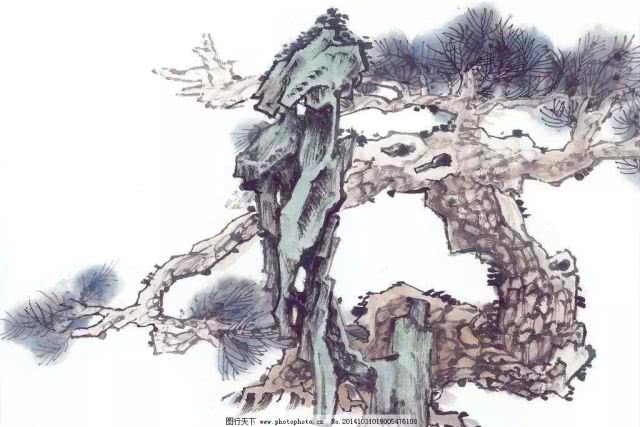
岭树重遮千里目，江流曲似九回肠。